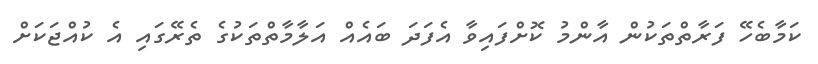
ކަމާބެހޭ ފަރާތްތަކުން އާންމު ކޮށްފައިވާ އެފަދަ ބައެއް އަލާމާތްތަކުގެ ތެރޭގައި އެ ކުއްޖަކަށް